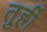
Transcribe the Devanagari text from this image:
तुर्ही